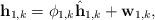
LaTeX: \begin{align*}\textbf{h}_{1,k} = \phi_{1,k} \hat{\textbf{h}}_{1,k} + \textbf{w}_{1,k},\end{align*}